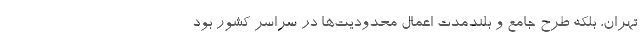
تهران، بلکه طرح جامع و بلندمدت اعمال محدودیت‌ها در سراسر کشور بود